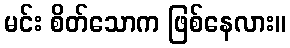
မင်း စိတ်သောက ဖြစ်နေလား။